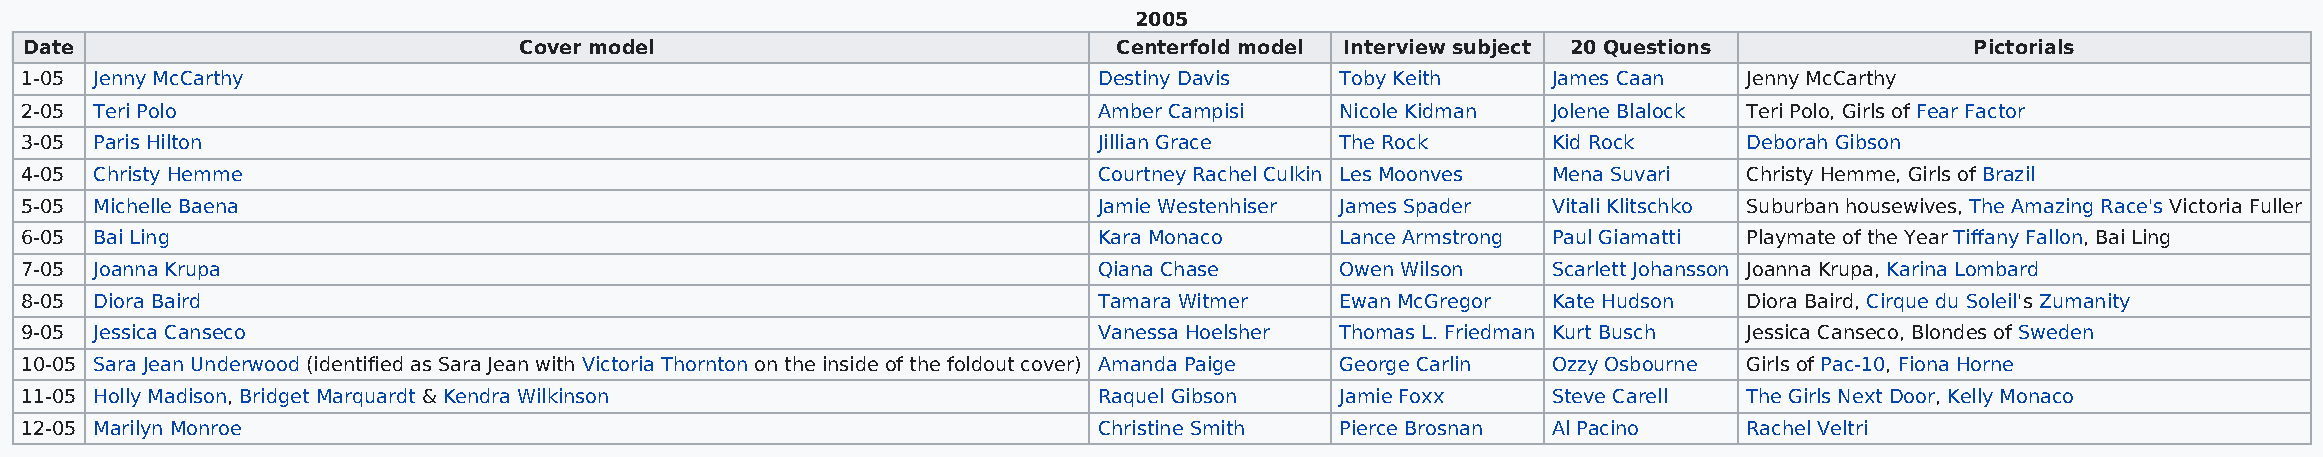
2005
 Date                            Cover model                             Centerfold model Interview subject 20 Questions          Pictorials
 1-05 Jenny McCarthy                                                     Destiny Davis   Toby Keith    James Caan   Jenny McCarthy
 2-05 Teri Polo                                                          Amber Campisi   Nicole Kidman Jolene Blalock Teri Polo, Girls of Fear Factor
 3-05 Paris Hilton                                                       Jillian Grace   The Rock      Kid Rock     Deborah Gibson
 4-05 Christy Hemme                                                      Courtney Rachel Culkin Les Moonves Mena Suvari Christy Hemme, Girls of Brazil
 5-05 Michelle Baena                                                     Jamie Westenhiser James Spader Vitali Klitschko Suburban housewives, The Amazing Race's Victoria Fuller
 6-05 Bai Ling                                                           Kara Monaco     Lance Armstrong Paul Giamatti Playmate of the Year Tiffany Fallon, Bai Ling
 7-05 Joanna Krupa                                                       Qiana Chase     Owen Wilson   Scarlett Johansson Joanna Krupa, Karina Lombard
 8-05 Diora Baird                                                        Tamara Witmer   Ewan McGregor Kate Hudson  Diora Baird, Cirque du Soleil's Zumanity
 9-05 Jessica Canseco                                                    Vanessa Hoelsher Thomas L. Friedman Kurt Busch Jessica Canseco, Blondes of Sweden
 10-05 Sara Jean Underwood (identified as Sara Jean with Victoria Thornton on the inside of the foldout cover) Amanda Paige George Carlin Ozzy Osbourne Girls of Pac-10, Fiona Horne
 11-05 Holly Madison, Bridget Marquardt & Kendra Wilkinson               Raquel Gibson   Jamie Foxx    Steve Carell The Girls Next Door, Kelly Monaco
 12-05 Marilyn Monroe                                                    Christine Smith Pierce Brosnan Al Pacino   Rachel Veltri